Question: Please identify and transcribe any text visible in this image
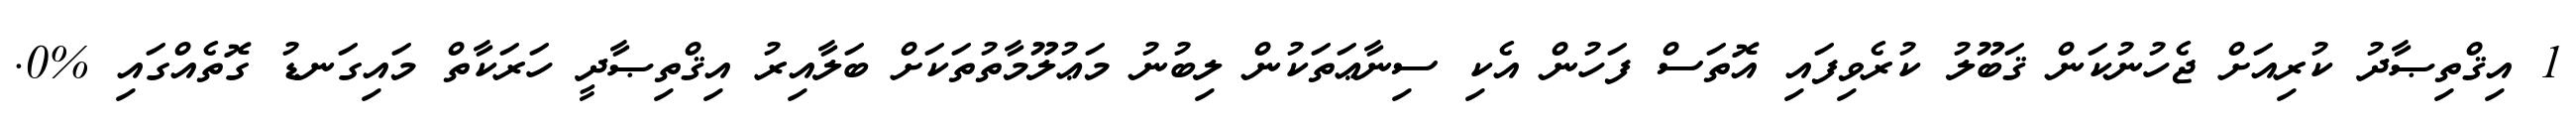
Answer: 1 އިޤްތިޞާދު ކުރިއަށް ޖެހުނުކަން ޤަބޫލު ކުރެވިފައި އޮތަސް ފަހުން އެކި ސިނާޢަތަކުން ލިބުނު މަޢުލޫމާތުތަކަށް ބަލާއިރު އިޤްތިޞާދީ ހަރަކާތް މައިގަނޑު ގޮތެއްގައި %0.